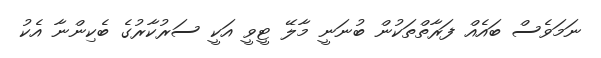
ނަމަވެސް ބައެއް ފަރާތްތަކުން ބުނަނީ މާލޭ ޓީވީ އަކީ ސަރުކާރުގެ ބެކިންނާ އެކު